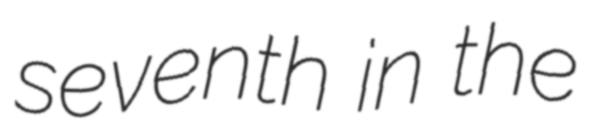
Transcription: seventh in the